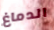
الدماغ